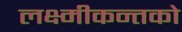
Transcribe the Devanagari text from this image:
लक्ष्मीकन्तको